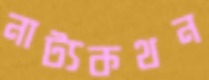
নাট্যকথন